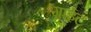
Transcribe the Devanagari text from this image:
ग्राईट